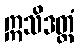
ဣသိဒတ္တံ